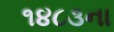
૧૪૮૩ના